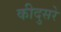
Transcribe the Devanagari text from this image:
कीदुसरे